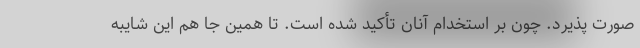
صورت پذیرد. چون بر استخدام آنان تأکید شده است. تا همین جا هم این شایبه